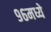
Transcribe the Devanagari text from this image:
९६मध्ये